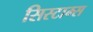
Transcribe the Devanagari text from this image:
सिस्टाम्स